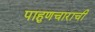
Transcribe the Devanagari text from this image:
पाहुणचाराची